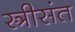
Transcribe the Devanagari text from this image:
स्त्रीसंत